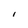
Character: l